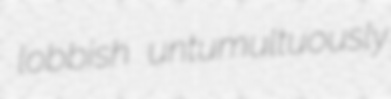
lobbish untumultuously